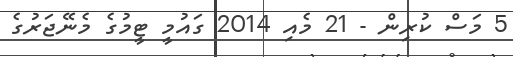
5 މަސް ކުރިން - 21 މެއި 2014 ގައުމީ ޓީމުގެ މެނޭޖަރުގެ